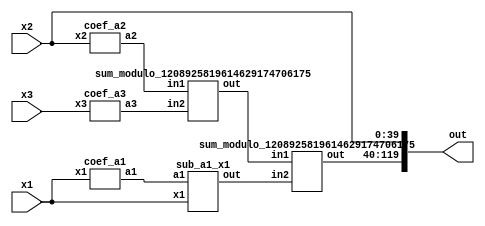
module reverse_converter_1099511627777_1099511627776_1099511627775 (x1, x2, x3, out);
	input [40:0] x1;
	input [39:0] x2;
	input [39:0] x3;
	wire [79:0] a1;
	wire [79:0] a2;
	wire [79:0] a3;
	wire [79:0] sum1;
	wire [79:0] sum2;
	wire [79:0] sum3;
	output [119:0] out;
		
	coef_a1 ca1(x1,a1);
	coef_a2 ca2(x2,a2);
	coef_a3 ca3(x3,a3);
	sum_modulo_1208925819614629174706175 sm1(a2, a3, sum1);
	sub_a1_x1 sm2(a1, x1, sum2);
	sum_modulo_1208925819614629174706175 sm3(sum1, sum2, sum3);
	
	assign out[0] = x2[0];
	assign out[1] = x2[1];
	assign out[2] = x2[2];
	assign out[3] = x2[3];
	assign out[4] = x2[4];
	assign out[5] = x2[5];
	assign out[6] = x2[6];
	assign out[7] = x2[7];
	assign out[8] = x2[8];
	assign out[9] = x2[9];
	assign out[10] = x2[10];
	assign out[11] = x2[11];
	assign out[12] = x2[12];
	assign out[13] = x2[13];
	assign out[14] = x2[14];
	assign out[15] = x2[15];
	assign out[16] = x2[16];
	assign out[17] = x2[17];
	assign out[18] = x2[18];
	assign out[19] = x2[19];
	assign out[20] = x2[20];
	assign out[21] = x2[21];
	assign out[22] = x2[22];
	assign out[23] = x2[23];
	assign out[24] = x2[24];
	assign out[25] = x2[25];
	assign out[26] = x2[26];
	assign out[27] = x2[27];
	assign out[28] = x2[28];
	assign out[29] = x2[29];
	assign out[30] = x2[30];
	assign out[31] = x2[31];
	assign out[32] = x2[32];
	assign out[33] = x2[33];
	assign out[34] = x2[34];
	assign out[35] = x2[35];
	assign out[36] = x2[36];
	assign out[37] = x2[37];
	assign out[38] = x2[38];
	assign out[39] = x2[39];
	
	assign out[40] = sum3[0];
	assign out[41] = sum3[1];
	assign out[42] = sum3[2];
	assign out[43] = sum3[3];
	assign out[44] = sum3[4];
	assign out[45] = sum3[5];
	assign out[46] = sum3[6];
	assign out[47] = sum3[7];
	assign out[48] = sum3[8];
	assign out[49] = sum3[9];
	assign out[50] = sum3[10];
	assign out[51] = sum3[11];
	assign out[52] = sum3[12];
	assign out[53] = sum3[13];
	assign out[54] = sum3[14];
	assign out[55] = sum3[15];
	assign out[56] = sum3[16];
	assign out[57] = sum3[17];
	assign out[58] = sum3[18];
	assign out[59] = sum3[19];
	assign out[60] = sum3[20];
	assign out[61] = sum3[21];
	assign out[62] = sum3[22];
	assign out[63] = sum3[23];
	assign out[64] = sum3[24];
	assign out[65] = sum3[25];
	assign out[66] = sum3[26];
	assign out[67] = sum3[27];
	assign out[68] = sum3[28];
	assign out[69] = sum3[29];
	assign out[70] = sum3[30];
	assign out[71] = sum3[31];
	assign out[72] = sum3[32];
	assign out[73] = sum3[33];
	assign out[74] = sum3[34];
	assign out[75] = sum3[35];
	assign out[76] = sum3[36];
	assign out[77] = sum3[37];
	assign out[78] = sum3[38];
	assign out[79] = sum3[39];
	assign out[80] = sum3[40];
	assign out[81] = sum3[41];
	assign out[82] = sum3[42];
	assign out[83] = sum3[43];
	assign out[84] = sum3[44];
	assign out[85] = sum3[45];
	assign out[86] = sum3[46];
	assign out[87] = sum3[47];
	assign out[88] = sum3[48];
	assign out[89] = sum3[49];
	assign out[90] = sum3[50];
	assign out[91] = sum3[51];
	assign out[92] = sum3[52];
	assign out[93] = sum3[53];
	assign out[94] = sum3[54];
	assign out[95] = sum3[55];
	assign out[96] = sum3[56];
	assign out[97] = sum3[57];
	assign out[98] = sum3[58];
	assign out[99] = sum3[59];
	assign out[100] = sum3[60];
	assign out[101] = sum3[61];
	assign out[102] = sum3[62];
	assign out[103] = sum3[63];
	assign out[104] = sum3[64];
	assign out[105] = sum3[65];
	assign out[106] = sum3[66];
	assign out[107] = sum3[67];
	assign out[108] = sum3[68];
	assign out[109] = sum3[69];
	assign out[110] = sum3[70];
	assign out[111] = sum3[71];
	assign out[112] = sum3[72];
	assign out[113] = sum3[73];
	assign out[114] = sum3[74];
	assign out[115] = sum3[75];
	assign out[116] = sum3[76];
	assign out[117] = sum3[77];
	assign out[118] = sum3[78];
	assign out[119] = sum3[79];
	
endmodule

module coef_a3 (x3, a3);
	input [39:0] x3;
	output [79:0] a3;
	assign a3[79] = x3[0];
	assign a3[78] = x3[39];
	assign a3[77] = x3[38];
	assign a3[76] = x3[37];
	assign a3[75] = x3[36];
	assign a3[74] = x3[35];
	assign a3[73] = x3[34];
	assign a3[72] = x3[33];
	assign a3[71] = x3[32];
	assign a3[70] = x3[31];
	assign a3[69] = x3[30];
	assign a3[68] = x3[29];
	assign a3[67] = x3[28];
	assign a3[66] = x3[27];
	assign a3[65] = x3[26];
	assign a3[64] = x3[25];
	assign a3[63] = x3[24];
	assign a3[62] = x3[23];
	assign a3[61] = x3[22];
	assign a3[60] = x3[21];
	assign a3[59] = x3[20];
	assign a3[58] = x3[19];
	assign a3[57] = x3[18];
	assign a3[56] = x3[17];
	assign a3[55] = x3[16];
	assign a3[54] = x3[15];
	assign a3[53] = x3[14];
	assign a3[52] = x3[13];
	assign a3[51] = x3[12];
	assign a3[50] = x3[11];
	assign a3[49] = x3[10];
	assign a3[48] = x3[9];
	assign a3[47] = x3[8];
	assign a3[46] = x3[7];
	assign a3[45] = x3[6];
	assign a3[44] = x3[5];
	assign a3[43] = x3[4];
	assign a3[42] = x3[3];
	assign a3[41] = x3[2];
	assign a3[40] = x3[1];
	assign a3[39] = x3[0];
	assign a3[38] = x3[39];
	assign a3[37] = x3[38];
	assign a3[36] = x3[37];
	assign a3[35] = x3[36];
	assign a3[34] = x3[35];
	assign a3[33] = x3[34];
	assign a3[32] = x3[33];
	assign a3[31] = x3[32];
	assign a3[30] = x3[31];
	assign a3[29] = x3[30];
	assign a3[28] = x3[29];
	assign a3[27] = x3[28];
	assign a3[26] = x3[27];
	assign a3[25] = x3[26];
	assign a3[24] = x3[25];
	assign a3[23] = x3[24];
	assign a3[22] = x3[23];
	assign a3[21] = x3[22];
	assign a3[20] = x3[21];
	assign a3[19] = x3[20];
	assign a3[18] = x3[19];
	assign a3[17] = x3[18];
	assign a3[16] = x3[17];
	assign a3[15] = x3[16];
	assign a3[14] = x3[15];
	assign a3[13] = x3[14];
	assign a3[12] = x3[13];
	assign a3[11] = x3[12];
	assign a3[10] = x3[11];
	assign a3[9] = x3[10];
	assign a3[8] = x3[9];
	assign a3[7] = x3[8];
	assign a3[6] = x3[7];
	assign a3[5] = x3[6];
	assign a3[4] = x3[5];
	assign a3[3] = x3[4];
	assign a3[2] = x3[3];
	assign a3[1] = x3[2];
	assign a3[0] = x3[1];
endmodule

module coef_a2 (x2, a2);
	input [39:0] x2;
	output [79:0] a2;
	assign a2[79] = ~x2[39];
	assign a2[78] = ~x2[38];
	assign a2[77] = ~x2[37];
	assign a2[76] = ~x2[36];
	assign a2[75] = ~x2[35];
	assign a2[74] = ~x2[34];
	assign a2[73] = ~x2[33];
	assign a2[72] = ~x2[32];
	assign a2[71] = ~x2[31];
	assign a2[70] = ~x2[30];
	assign a2[69] = ~x2[29];
	assign a2[68] = ~x2[28];
	assign a2[67] = ~x2[27];
	assign a2[66] = ~x2[26];
	assign a2[65] = ~x2[25];
	assign a2[64] = ~x2[24];
	assign a2[63] = ~x2[23];
	assign a2[62] = ~x2[22];
	assign a2[61] = ~x2[21];
	assign a2[60] = ~x2[20];
	assign a2[59] = ~x2[19];
	assign a2[58] = ~x2[18];
	assign a2[57] = ~x2[17];
	assign a2[56] = ~x2[16];
	assign a2[55] = ~x2[15];
	assign a2[54] = ~x2[14];
	assign a2[53] = ~x2[13];
	assign a2[52] = ~x2[12];
	assign a2[51] = ~x2[11];
	assign a2[50] = ~x2[10];
	assign a2[49] = ~x2[9];
	assign a2[48] = ~x2[8];
	assign a2[47] = ~x2[7];
	assign a2[46] = ~x2[6];
	assign a2[45] = ~x2[5];
	assign a2[44] = ~x2[4];
	assign a2[43] = ~x2[3];
	assign a2[42] = ~x2[2];
	assign a2[41] = ~x2[1];
	assign a2[40] = ~x2[0];
	assign a2[39] = 1;
	assign a2[38] = 1;
	assign a2[37] = 1;
	assign a2[36] = 1;
	assign a2[35] = 1;
	assign a2[34] = 1;
	assign a2[33] = 1;
	assign a2[32] = 1;
	assign a2[31] = 1;
	assign a2[30] = 1;
	assign a2[29] = 1;
	assign a2[28] = 1;
	assign a2[27] = 1;
	assign a2[26] = 1;
	assign a2[25] = 1;
	assign a2[24] = 1;
	assign a2[23] = 1;
	assign a2[22] = 1;
	assign a2[21] = 1;
	assign a2[20] = 1;
	assign a2[19] = 1;
	assign a2[18] = 1;
	assign a2[17] = 1;
	assign a2[16] = 1;
	assign a2[15] = 1;
	assign a2[14] = 1;
	assign a2[13] = 1;
	assign a2[12] = 1;
	assign a2[11] = 1;
	assign a2[10] = 1;
	assign a2[9] = 1;
	assign a2[8] = 1;
	assign a2[7] = 1;
	assign a2[6] = 1;
	assign a2[5] = 1;
	assign a2[4] = 1;
	assign a2[3] = 1;
	assign a2[2] = 1;
	assign a2[1] = 1;
	assign a2[0] = 1;
endmodule

module coef_a1 (x1, a1);
	input [40:0] x1;
	output [79:0] a1;
	wire bx;
	
	assign bx = x1[40] ^ x1[0];
	assign a1[79] = bx;
	assign a1[78] = x1[39];
	assign a1[77] = x1[38];
	assign a1[76] = x1[37];
	assign a1[75] = x1[36];
	assign a1[74] = x1[35];
	assign a1[73] = x1[34];
	assign a1[72] = x1[33];
	assign a1[71] = x1[32];
	assign a1[70] = x1[31];
	assign a1[69] = x1[30];
	assign a1[68] = x1[29];
	assign a1[67] = x1[28];
	assign a1[66] = x1[27];
	assign a1[65] = x1[26];
	assign a1[64] = x1[25];
	assign a1[63] = x1[24];
	assign a1[62] = x1[23];
	assign a1[61] = x1[22];
	assign a1[60] = x1[21];
	assign a1[59] = x1[20];
	assign a1[58] = x1[19];
	assign a1[57] = x1[18];
	assign a1[56] = x1[17];
	assign a1[55] = x1[16];
	assign a1[54] = x1[15];
	assign a1[53] = x1[14];
	assign a1[52] = x1[13];
	assign a1[51] = x1[12];
	assign a1[50] = x1[11];
	assign a1[49] = x1[10];
	assign a1[48] = x1[9];
	assign a1[47] = x1[8];
	assign a1[46] = x1[7];
	assign a1[45] = x1[6];
	assign a1[44] = x1[5];
	assign a1[43] = x1[4];
	assign a1[42] = x1[3];
	assign a1[41] = x1[2];
	assign a1[40] = x1[1];
	assign a1[39] = bx;
	assign a1[38] = x1[39];
	assign a1[37] = x1[38];
	assign a1[36] = x1[37];
	assign a1[35] = x1[36];
	assign a1[34] = x1[35];
	assign a1[33] = x1[34];
	assign a1[32] = x1[33];
	assign a1[31] = x1[32];
	assign a1[30] = x1[31];
	assign a1[29] = x1[30];
	assign a1[28] = x1[29];
	assign a1[27] = x1[28];
	assign a1[26] = x1[27];
	assign a1[25] = x1[26];
	assign a1[24] = x1[25];
	assign a1[23] = x1[24];
	assign a1[22] = x1[23];
	assign a1[21] = x1[22];
	assign a1[20] = x1[21];
	assign a1[19] = x1[20];
	assign a1[18] = x1[19];
	assign a1[17] = x1[18];
	assign a1[16] = x1[17];
	assign a1[15] = x1[16];
	assign a1[14] = x1[15];
	assign a1[13] = x1[14];
	assign a1[12] = x1[13];
	assign a1[11] = x1[12];
	assign a1[10] = x1[11];
	assign a1[9] = x1[10];
	assign a1[8] = x1[9];
	assign a1[7] = x1[8];
	assign a1[6] = x1[7];
	assign a1[5] = x1[6];
	assign a1[4] = x1[5];
	assign a1[3] = x1[4];
	assign a1[2] = x1[3];
	assign a1[1] = x1[2];
	assign a1[0] = x1[1];
	
endmodule

// Sum modulo (2^80 - 1) = 1208925819614629174706175
module sum_modulo_1208925819614629174706175 (in1, in2, out);
	input [79:0] in1;
	input [79:0] in2;
	output reg [79:0] out;
	wire [80:0] data;
	wire [80:0] data2;
	assign data = in1 + in2;
	assign data2 = in1 + in2 + 1;
	always @(*)
	begin
		if (data2[80] == 1)
			out <= data2[79:0];
		else
			out <= data[79:0];
	end
endmodule

module sub_a1_x1 (a1, x1, out);
	input [79:0] a1;
	input [40:0] x1;
	output [79:0] out;
	
	assign out = a1 - x1;
	
endmodule